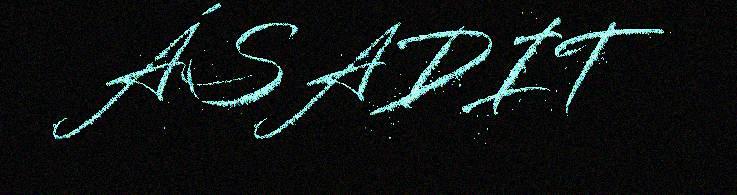
ÁSADIT